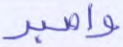
واصبر